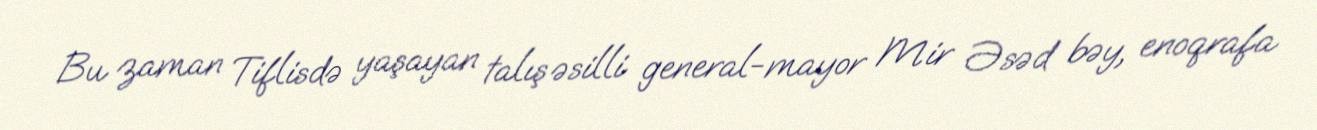
Bu zaman Tiflisdə yaşayan talış əsilli general-mayor Mir Əsəd bəy, enoqrafa